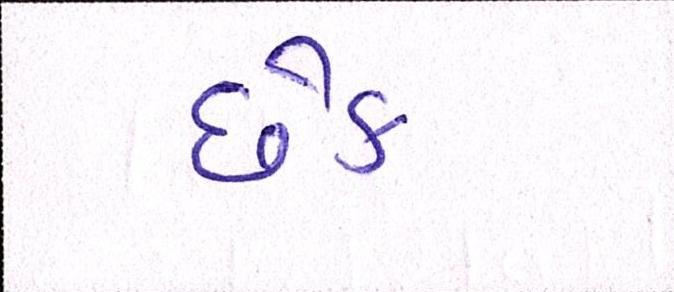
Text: છેક